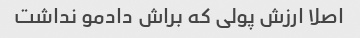
اصلا ارزش پولی که براش دادمو نداشت